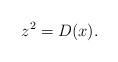
LaTeX: \begin{align*} z^{2}=D(x).\end{align*}